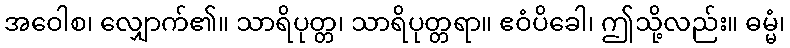
အဝေါစ၊ လျှောက်၏။ သာရိပုတ္တ၊ သာရိပုတ္တရာ။ ဧဝံပိခေါ၊ ဤသို့လည်း။ ဓမ္မံ၊